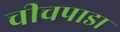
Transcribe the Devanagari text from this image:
चीचपाडा